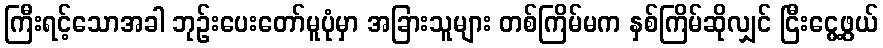
ကြီးရင့်သောအခါ ဘုဉ်းပေးတော်မူပုံမှာ အခြားသူများ တစ်ကြိမ်မက နှစ်ကြိမ်ဆိုလျှင် ငြီးငွေ့ဖွယ်